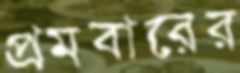
প্রমবারের